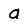
Character: a